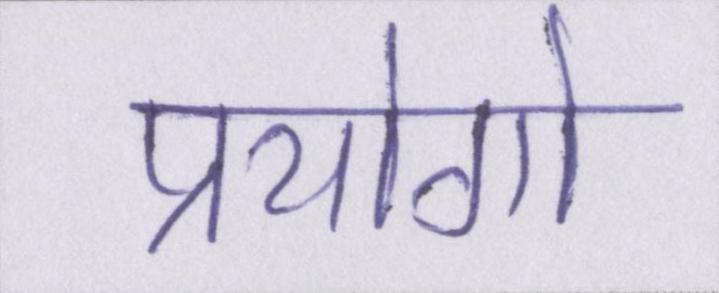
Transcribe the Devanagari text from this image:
प्रयोगो